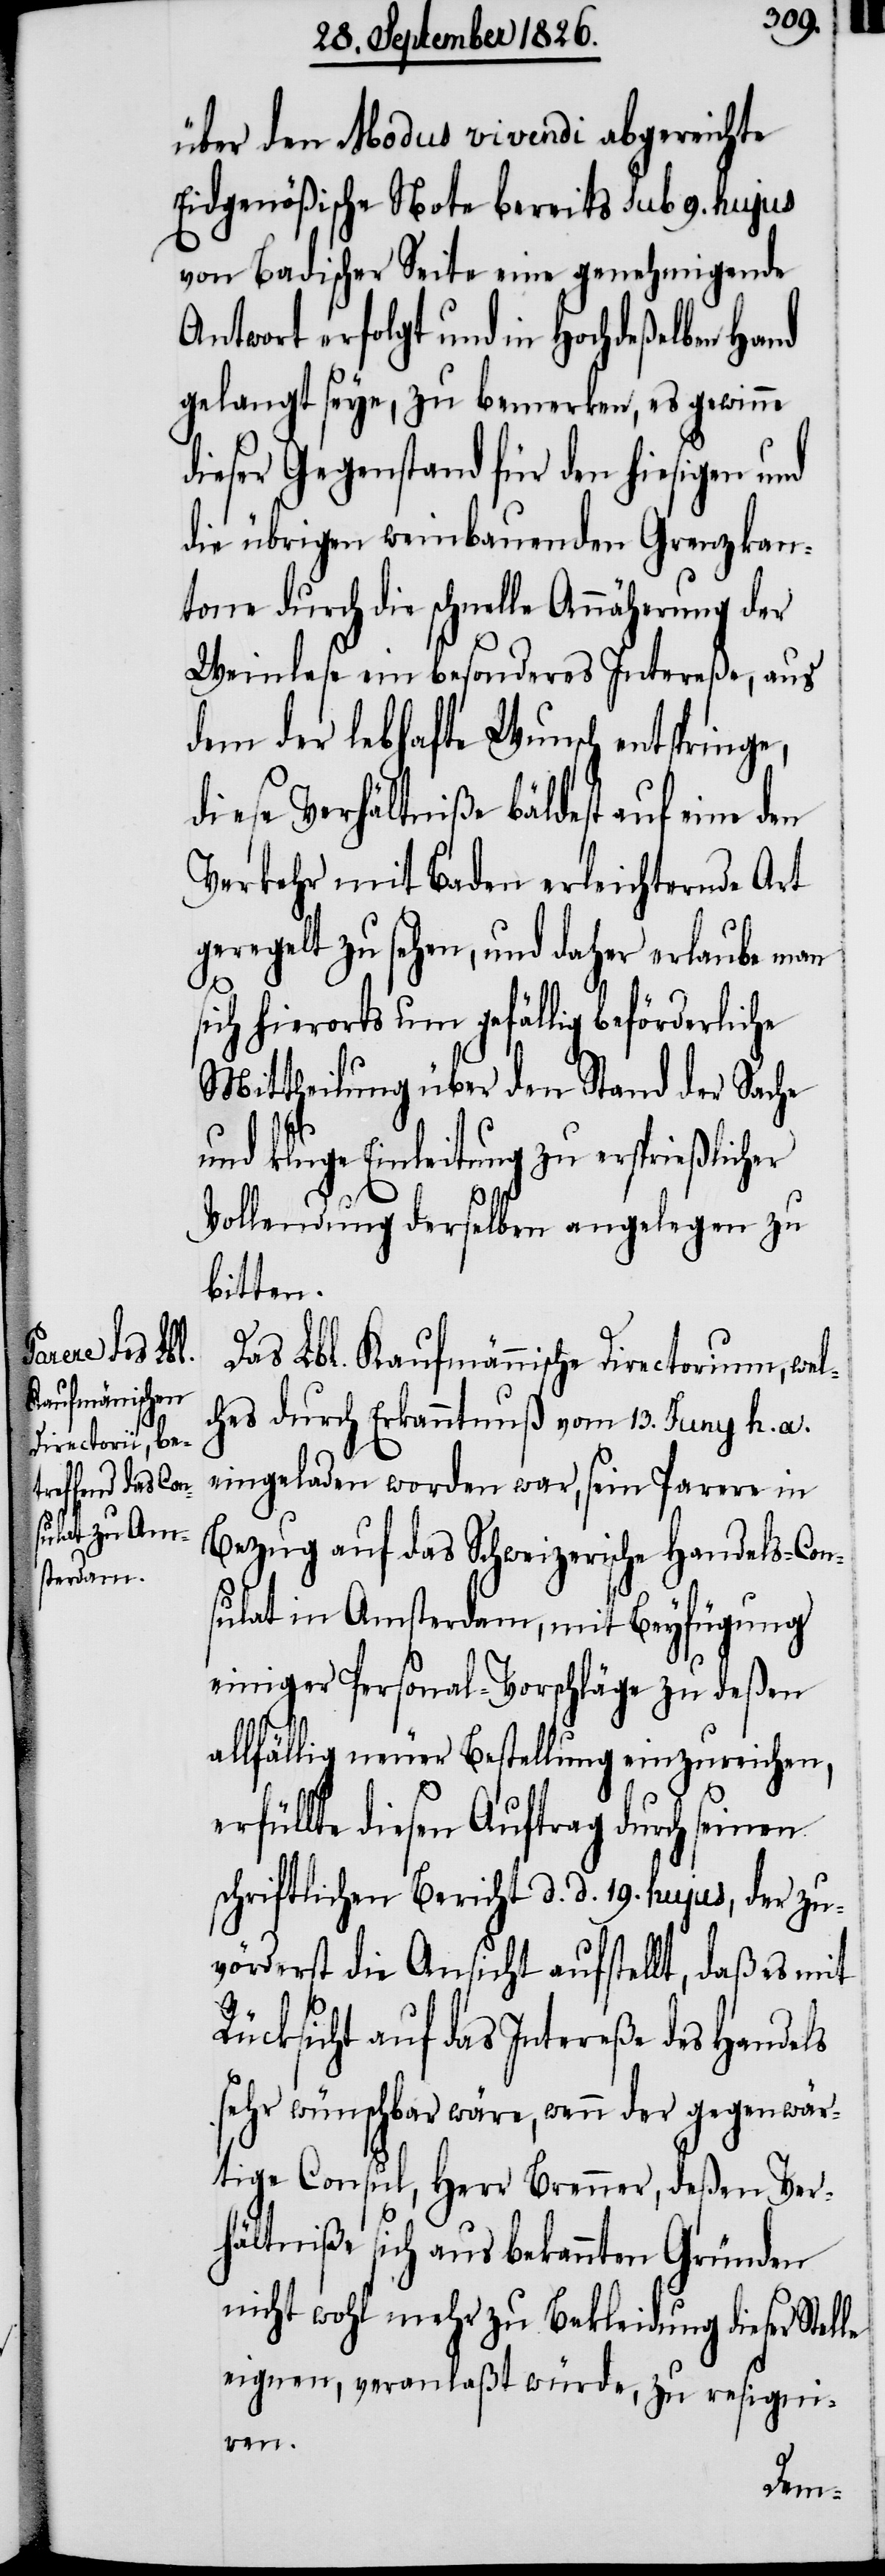
über den Modus vivendi abgereichte
Eidgenößische Note bereits sub 9. hujus
von Badsicher Seite eine genehmigende
Antwort erfolgt und in Hochdeßelben Hand
gelangt seye, zu bemerken, es gewinne
dieser Gegenstand für den hiesigen und
die übrigen weinbauenden Grenzkan¬
tone durch die schnelle Annäherung der
Weinlese ein besonderes Intereße, aus
dem der lebhafte Wunsch entspringe,
diese Verhältniße bäldest auf eine den
Verkehr mit Baden erleichternde Art
geregelt zu sehen, und daher erlaube man
sich hierorts um gefällig beförderliche
Mittheilung über den Stand der Sache
und kluge Einleitung zu ersprießlicher
Vollendung derselben angelegen zu
bitten.
Das Lbl. Kaufmännische Directorium, wel¬
ches durch Erkanntnuß vom 13. Juny h. a.
eingeladen worden war, sein Parere in
Bezug auf das Schweizerische Handels-Con¬
sulat in Amsterdam, mit Beyfügung
einiger Personal-Vorschläge zu deßen
allfällig neuer Bestellung einzureichen,
erfüllte diesen Auftrag durch seinen
schriftlichen Bericht d. d. 19. hujus, der zu¬
vörderst die Ansicht aufstellt, daß es mit
Rücksicht auf das Intereße des Handels
sehr wünschbar wäre, wenn der gegenwär¬
tige Consul, Herr Brenner, deßen Ver¬
hältniße sich aus bekannten Gründen
nicht wohl mehr zu Bekleidung dieser Stelle
eignen, veranlaßt würde, zu resigni¬
ren.